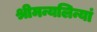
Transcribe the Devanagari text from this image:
श्रीमन्यलिन्यां